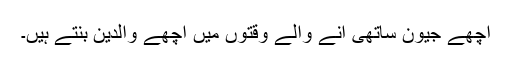
اچھے جیون ساتھی آنے والے وقتوں میں اچھے والدین بنتے ہیں۔